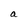
Character: a